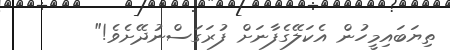
ތިޔަބައިމީހުން އެކަލޭގެފާނަށް ފުރަގަސްނުދޭށެވެ!"